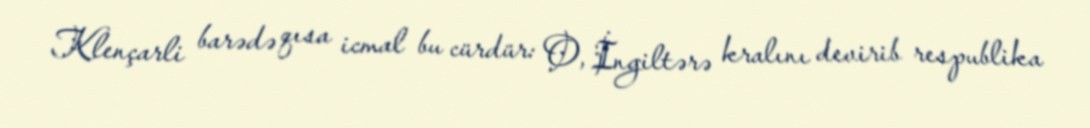
Klençarli barədə qısa icmal bu cürdür: O, İngiltərə kralını devirib respublika